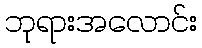
ဘုရားအလောင်း